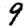
Digit: 9